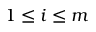
1 \leq i \leq m